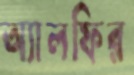
অ্যালফির